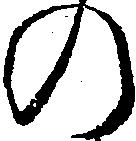
の